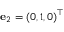
{ \mathbf e } _ { 2 } = ( 0 , 1 , 0 ) ^ { \top }